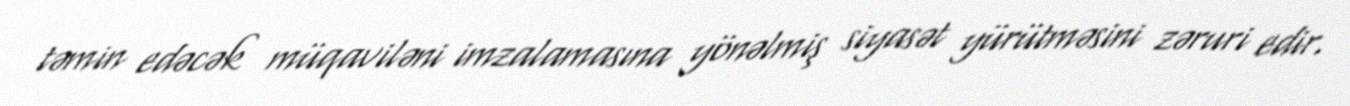
təmin edəcək müqaviləni imzalamasına yönəlmiş siyasət yürütməsini zəruri edir.